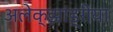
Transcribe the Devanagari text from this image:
अलेक्झांड्रीया